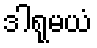
ဒါရုမယံ